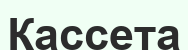
Кассета